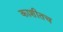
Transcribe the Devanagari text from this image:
काशीतच